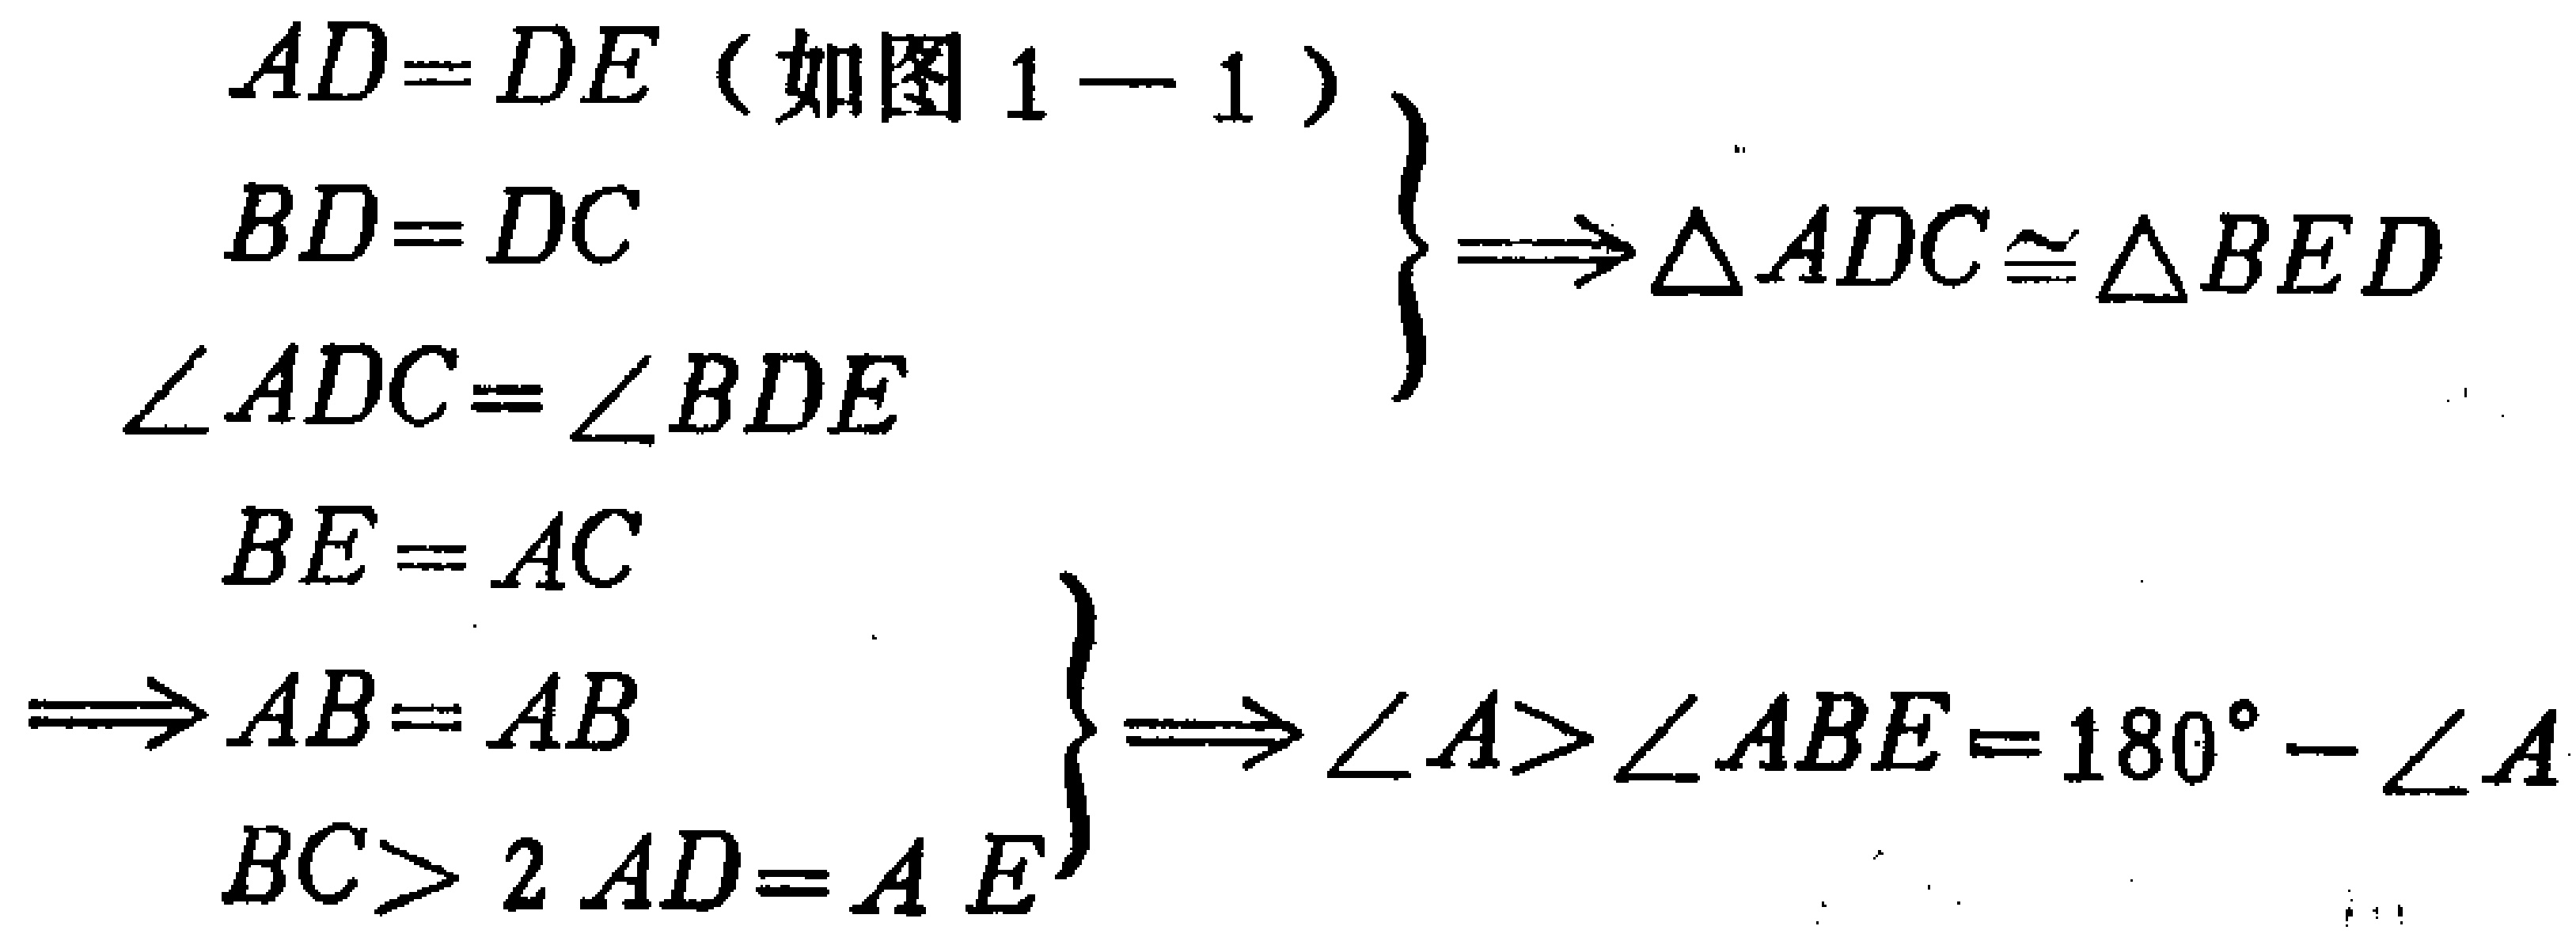
\begin{align*}

&\left.

\begin{array}{l}

AD = DE \text{（如图 1—1）}\\

BD = DC\\

\angle ADC=\angle BDE

\end{array}

\right\}

\Longrightarrow \triangle ADC\cong\triangle BED\\

&\left.

\begin{array}{l}

BE = AC\\

AB = AB\\

BC>2AD = AE

\end{array}

\right\}

\Longrightarrow \angle A>\angle ABE = 180^{\circ}-\angle A

\end{align*}